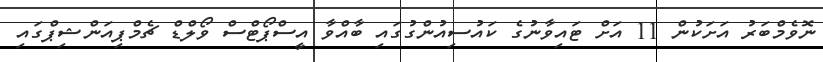
ނޮވެމްބަރު އަށަކުން 11 އަށް ޓައިވާނުގެ ކައުސިއުންގުގައި ބާއްވާ އީސްޕޯޓްސް ވޯލްޑް ޗެމްޕިއަންޝިޕްގައި